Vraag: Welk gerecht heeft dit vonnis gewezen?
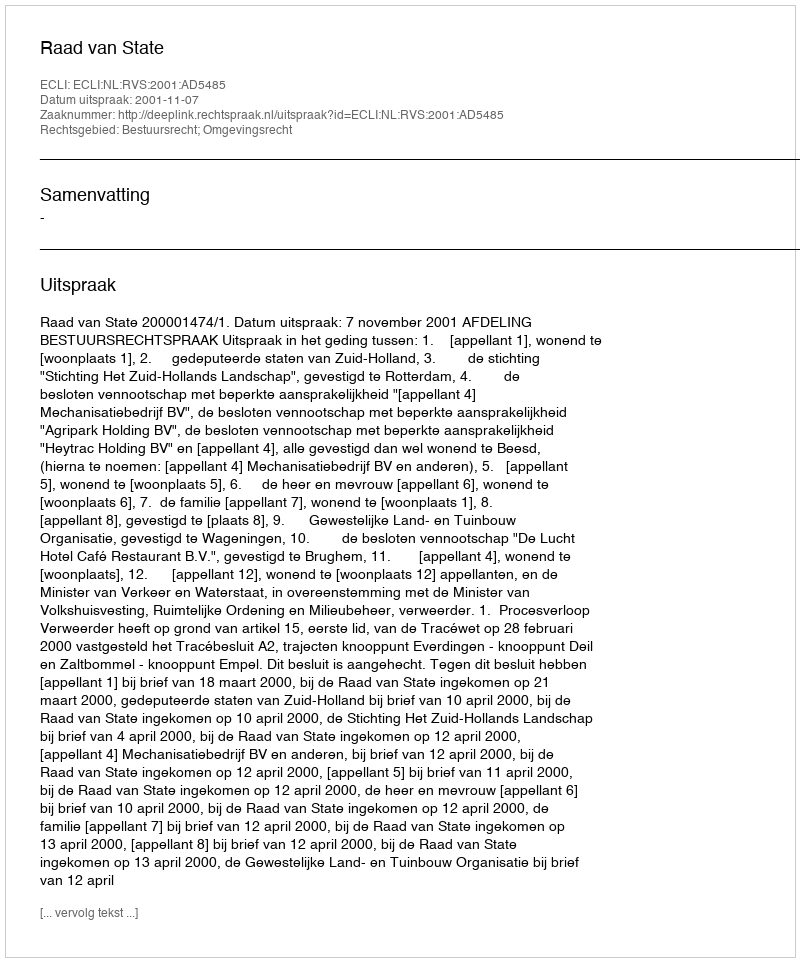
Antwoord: Raad van State